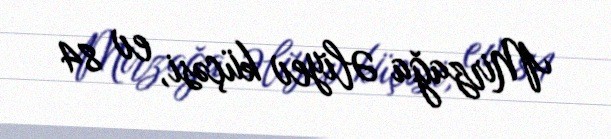
Mirzağa Əliyev küçəsi, ev 84